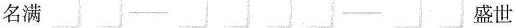
名满 盛世